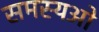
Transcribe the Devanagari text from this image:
समस्यओ